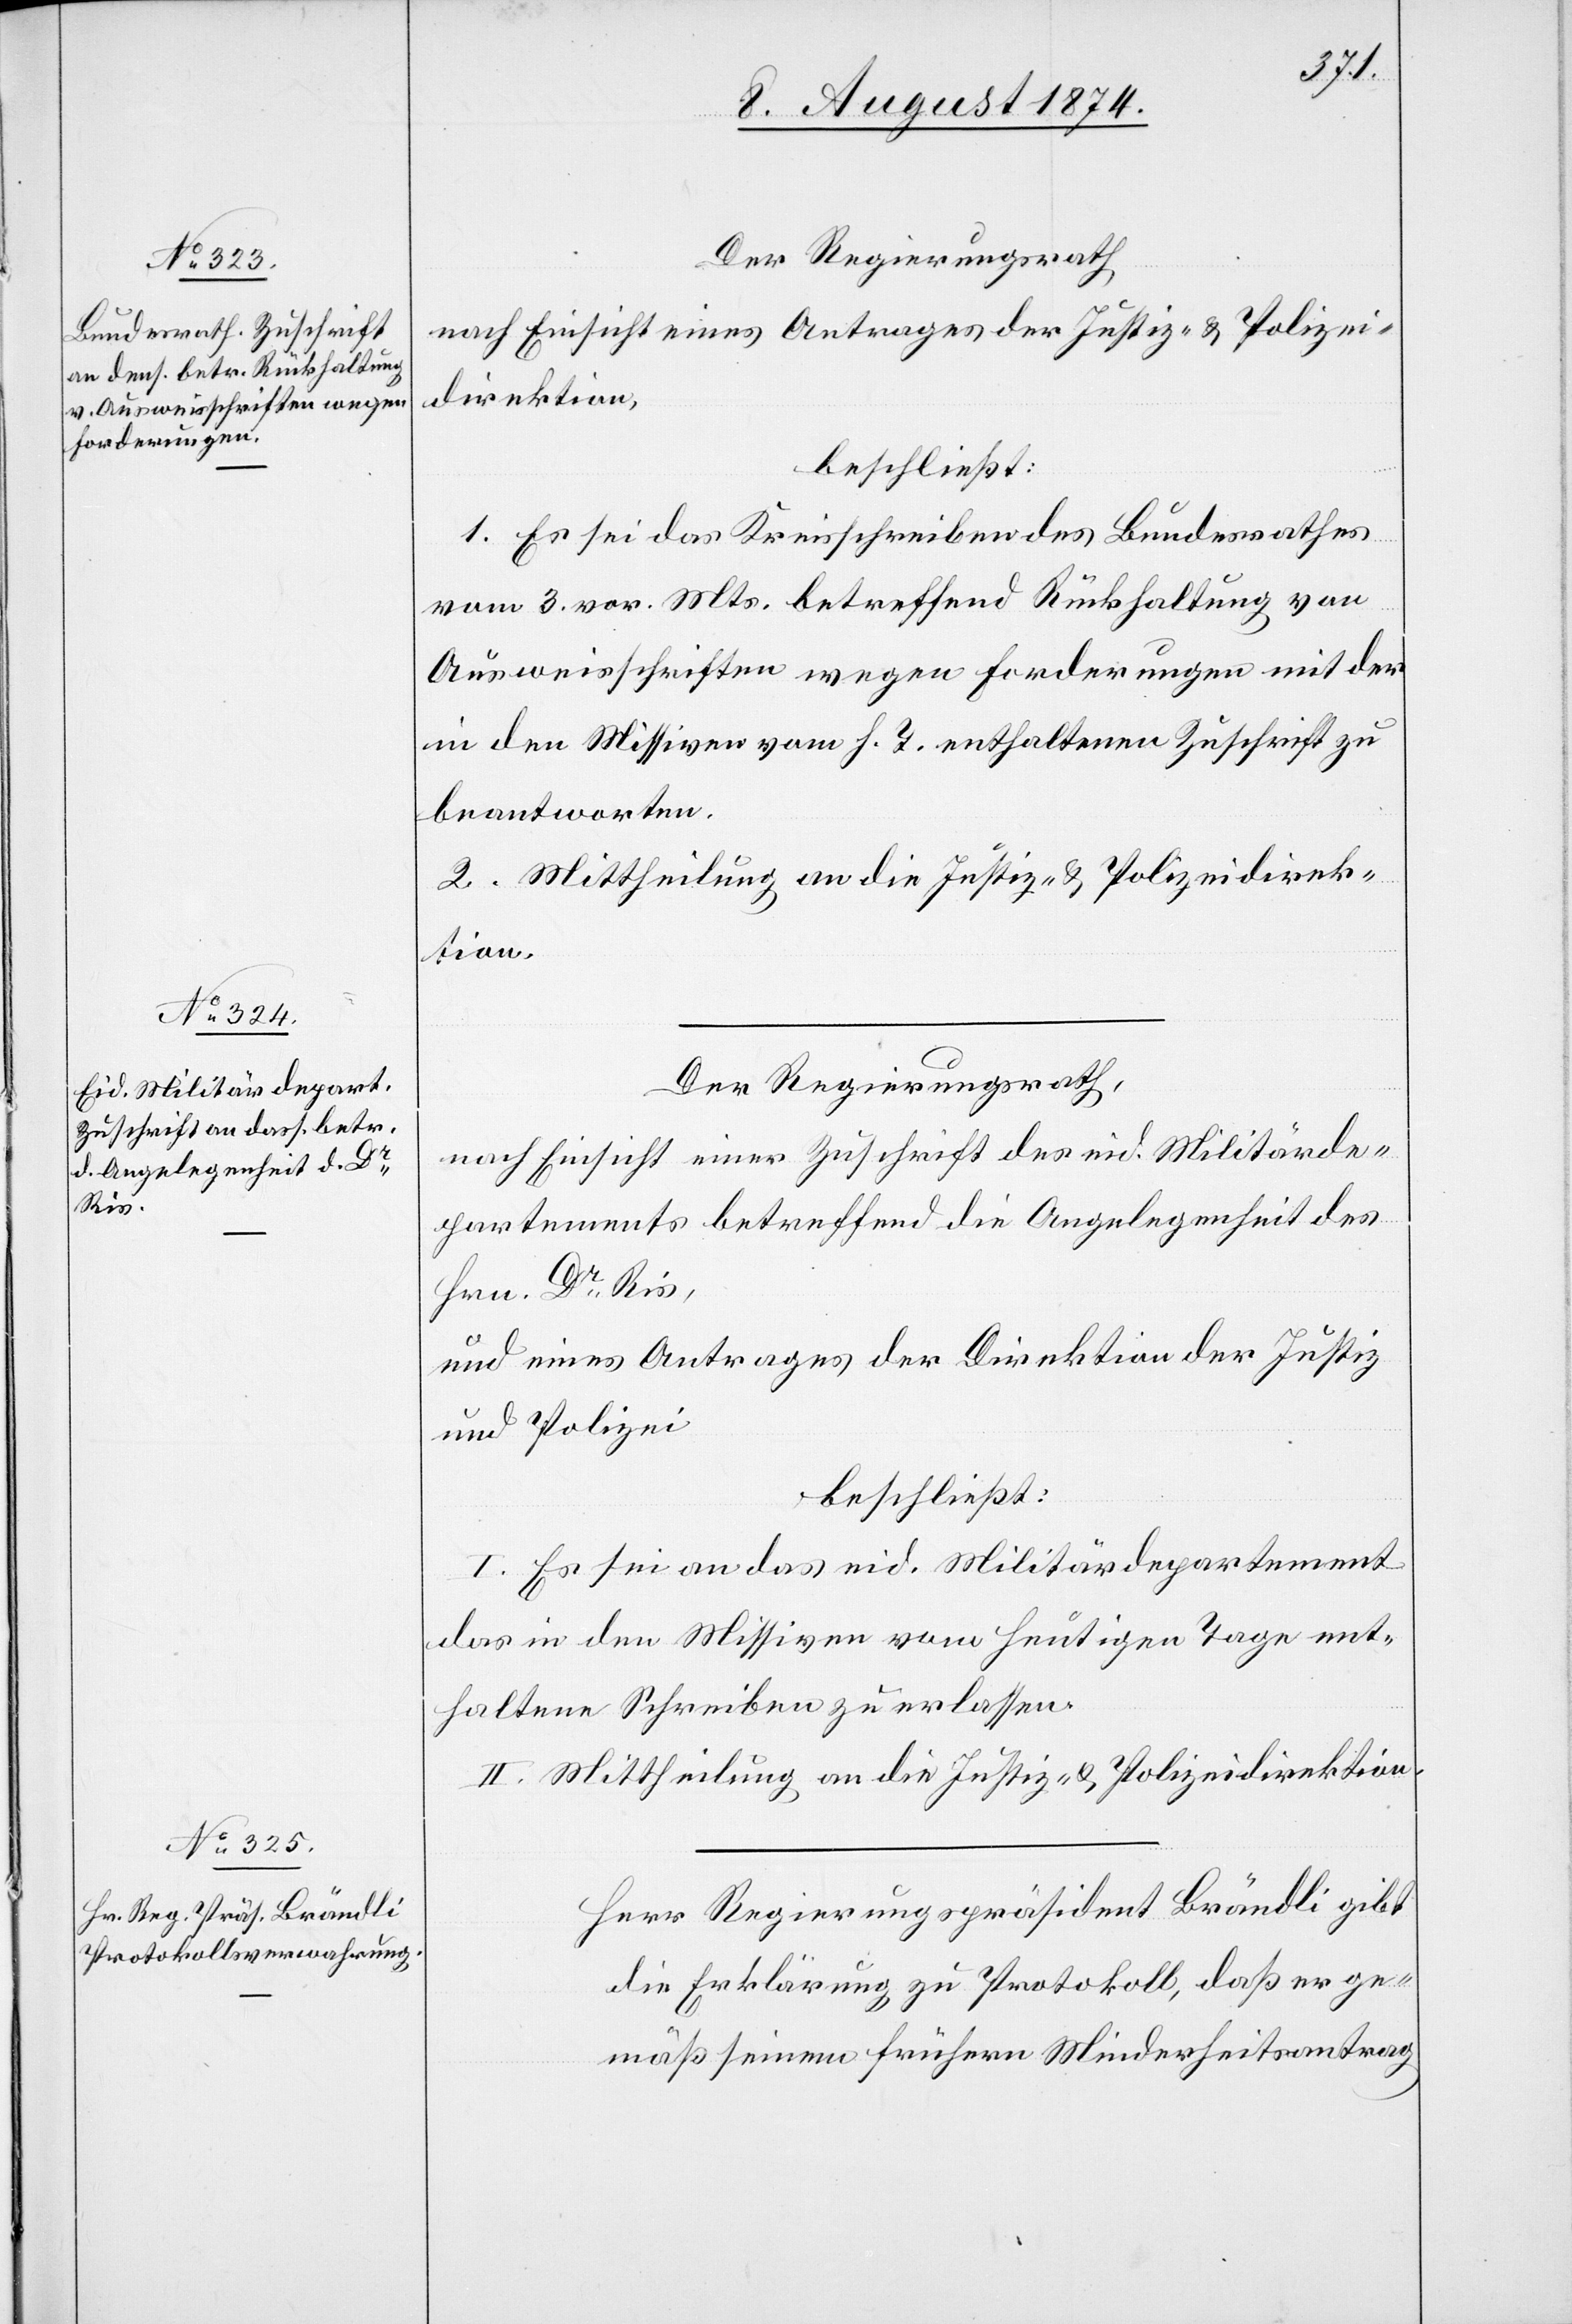
Der Regierungsrath
nach Einsicht eines Antrages der Justiz- u. Polizei¬
direktion,
beschließt:
1. Es sei das Kreisschreiben des Bundesrathes
vom 3. vor. Mts. betreffend Rückhaltung von
Ausweisschriften wegen Forderungen mit der
in den Missiven vom h. T. enthaltenen Zuschrift zu
beantworten.
2. Mittheilung an die Justiz- u. Polizeidirek¬
tion.
Der Regierungsrath,
nach Einsicht einer Zuschrift des eid. Militärde¬
partements betreffend die Angelegenheit des
Hrn. Dr Ris,
und eines Antrages der Direktion der Justiz
und Polizei
beschließt:
I. Es sei an das eid. Militärdepartement
das in den Missiven vom heutigen Tage ent¬
haltene Schreiben zu erlassen.
II. Mittheilung an die Justiz- u. Polizeidirektion.
Herr Regierungspräsident Brändli gibt
die Erklärung zu Protokoll, daß er ge¬
mäß seinem frühern Minderheitsantrag